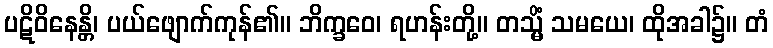
ပဋိဝိနေန္တိ၊ ပယ်ဖျောက်ကုန်၏။ ဘိက္ခဝေ၊ ရဟန်းတို့။ တသ္မိံ သမယေ၊ ထိုအခါ၌။ တံ